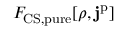
F _ { \mathrm { C S , p u r e } } [ \rho , \mathbf { j } ^ { \mathrm { p } } ]